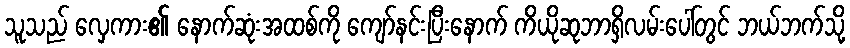
သူသည် လှေကား၏ နောက်ဆုံးအထစ်ကို ကျော်နင်းပြီးနောက် ကိယိုဆုဘာရှိလမ်းပေါ်တွင် ဘယ်ဘက်သို့